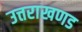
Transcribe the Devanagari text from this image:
उत्तराखणड